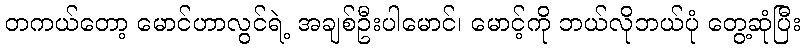
တကယ်တော့ မောင်ဟာလွင်ရဲ့ အချစ်ဦးပါမောင်၊ မောင့်ကို ဘယ်လိုဘယ်ပုံ တွေ့ဆုံပြီး